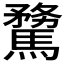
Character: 𩥦